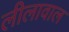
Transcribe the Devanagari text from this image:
लीलावाल